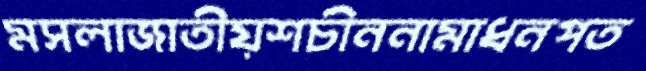
মসলাজাতীয়শচীননামাধনপত